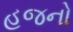
હજનો